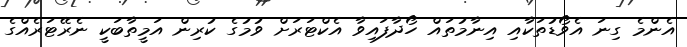
އެންމެ ގިނަ އެވޯޑުތަކާއި އިނާމުތައް ހޯދާފައިވާ އެކްޓަރަށް ވުމުގެ ކުރިން އަމީތާބަކީ ނެރޭޓަރެއްގެ